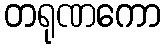
တရုဏကော